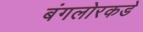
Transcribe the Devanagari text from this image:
बंगलोरकडे